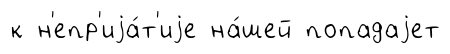
к н'епр'иjа́т'иjе на́шей попадаjет